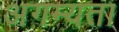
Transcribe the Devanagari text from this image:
अगम्यता